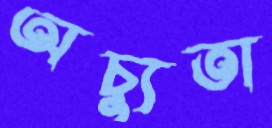
অচ্যুতা